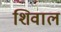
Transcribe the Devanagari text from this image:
शिवाल